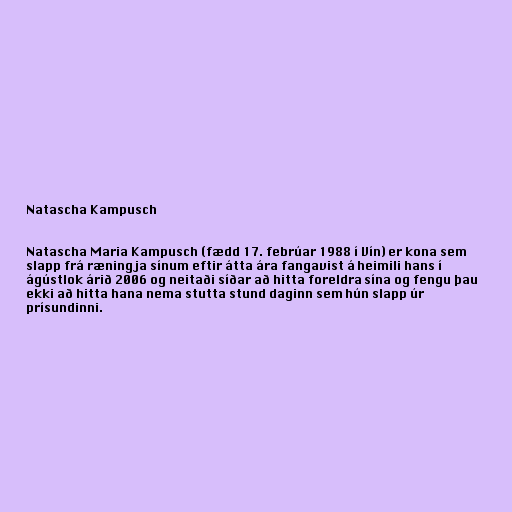
Natascha Kampusch

Natascha Maria Kampusch (fædd 17. febrúar 1988 í Vín) er kona sem
slapp frá ræningja sínum eftir átta ára fangavist á heimili hans í
ágústlok árið 2006 og neitaði síðar að hitta foreldra sína og fengu þau
ekki að hitta hana nema stutta stund daginn sem hún slapp úr
prísundinni.